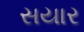
સયાર